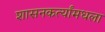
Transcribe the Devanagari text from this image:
शासनकर्त्यांमधला